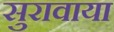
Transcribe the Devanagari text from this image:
सुरावाया